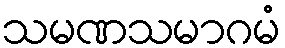
သမဏသမာဂမံ